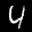
Label: 4